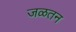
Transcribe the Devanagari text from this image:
जळतन